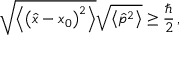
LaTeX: { \sqrt { \left\langle \left( { \hat { x } } - x _ { 0 } \right) ^ { 2 } \right\rangle } } { \sqrt { \left\langle { \hat { p } } ^ { 2 } \right\rangle } } \geq { \frac { \hbar } { 2 } } \, ,